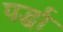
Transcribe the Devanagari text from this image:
पर्द्धा